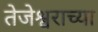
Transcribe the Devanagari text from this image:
तेजेश्वराच्या